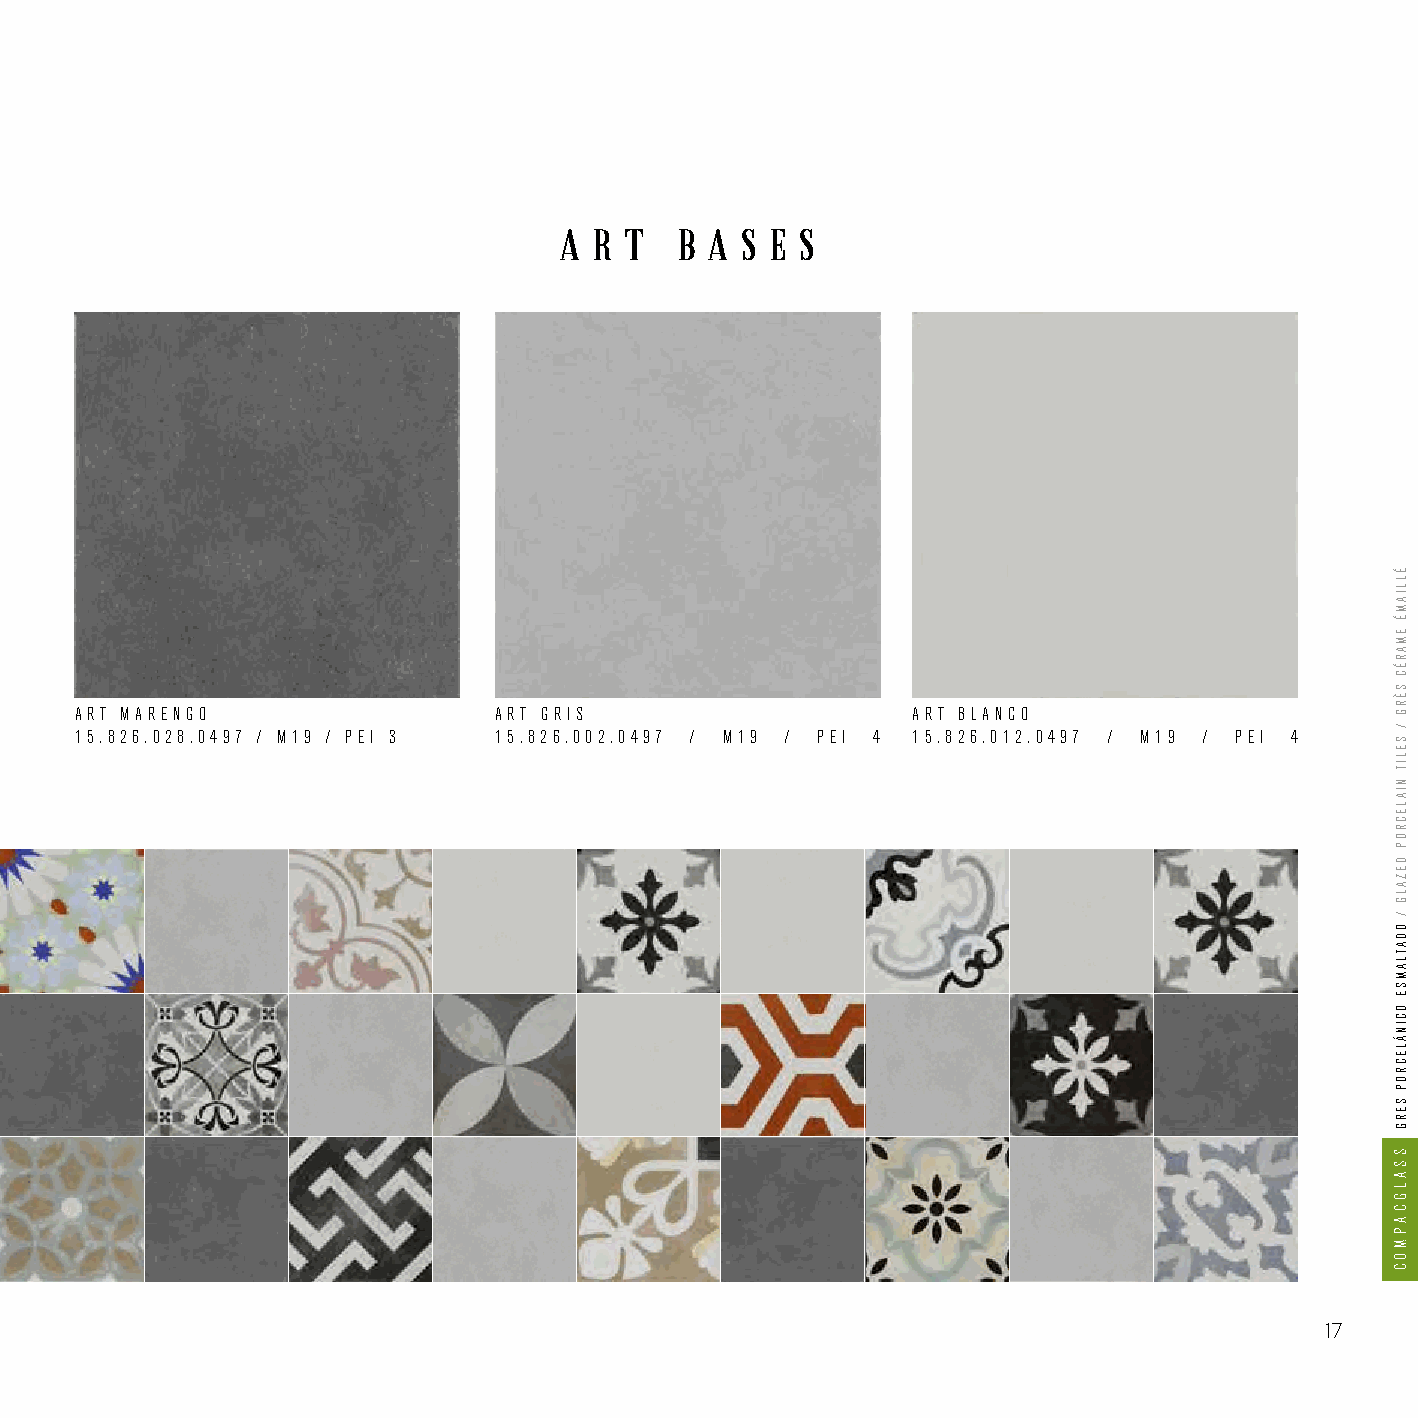
A R T   B A S E S
 ART MARENGO                 ART GRIS                   ART BLANCO
 15.826.028.0497 / M19 / PEI 3 15.826.002.0497 / M19 / PEI 4 15.826.012.0497 / M19 / PEI 4
 17
 ÉLLIAMÉ
 EMARÉC
 SÈRG
 /
 SELIT
 NIALECROP
 DEZALG
 /
 ODATLAMSE
 OCINÁLECROP
 SERG
 SSALGCAPMOC